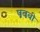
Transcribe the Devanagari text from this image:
पबबी